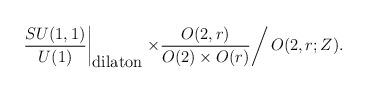
LaTeX: \begin{align*}\left. \frac{SU(1,1)}{U(1)}\right|_{\makebox{dilaton}} \left. \times \frac{O(2,r)}{O(2) \times O(r)}\right/ O(2,r;Z).\end{align*}